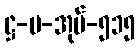
ဋ္ဌ-မ-အုပ်-၅၁၅